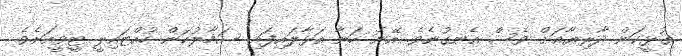
ގުޅީކަން ދާރިޔާއަށް ވެސް އެނގުނެވެ. އޭނަ ހަނާ އަޅާލައިފައި ސަމާލުކަން ހުއްޓައިލީ ޓީވީއަށެވެ.